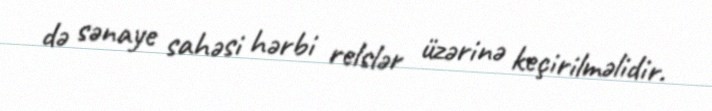
də sənaye sahəsi hərbi relslər üzərinə keçirilməlidir.